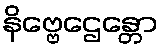
နိဗ္ဗေဌေန္တော